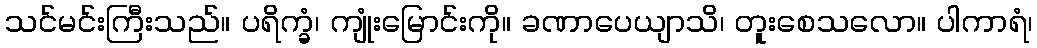
သင်မင်းကြီးသည်။ ပရိက္ခံ၊ ကျုံးမြောင်းကို။ ခဏာပေယျာသိ၊ တူးစေသလော။ ပါကာရံ၊